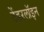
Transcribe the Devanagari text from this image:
टेंडरलॉइन